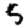
Digit: 5